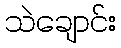
သဲချောင်း